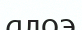
алоэ